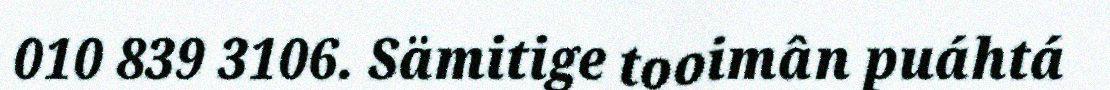
010 839 3106. Sämitige tooimân puáhtá